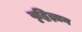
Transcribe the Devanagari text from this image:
वृद्धिज्ञान